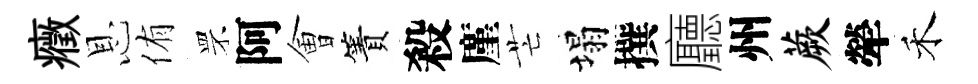
癥恩侑罘阿㑹簀殺廑芒塌撰廳州蕨犖禾